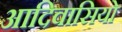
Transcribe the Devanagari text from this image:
आदिवासियो